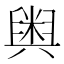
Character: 𮍱